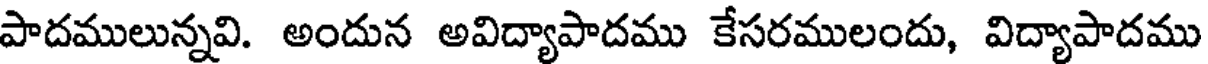
పాదములున్నవి. అందున అవిద్యాపాదము కేసరములందు, విద్యాపాదము